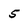
Character: 5